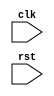
module uart_timing_control_sync(
    input wire clk,
    input wire rst,
    
    // Add input and output ports for UART communication
    
    // Baud rate clock generation
    // Insert code here
    
    // Sampling data bits
    // Insert code here
    
    // Detecting start and stop bits
    // Insert code here
    
    // Synchronization between transmitter and receiver
    // Insert code here
    
    // Error detection and recovery mechanisms
    // Insert code here
    
);
    // Add internal signals and components as needed

    // Insert Verilog code for timing control and synchronization blocks
    
endmodule